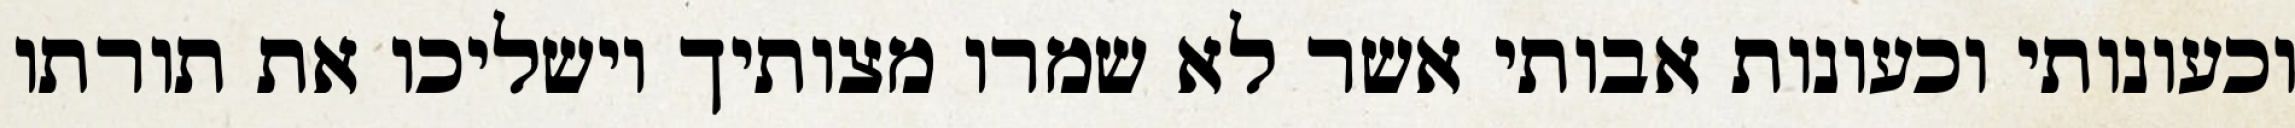
וכעונותי וכעונות אבותי אשר לא שמרו מצותיך וישליכו את תורתו